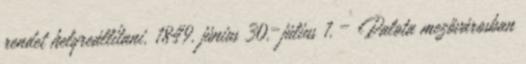
rendet helyreállítani. 1849. június 30.–július 1. – Palota mezővárosban